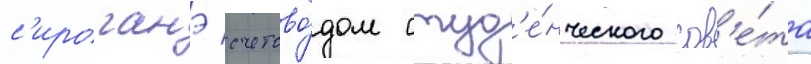
с'ироганэ счетово́дом студ'е́нческого сов'е́та